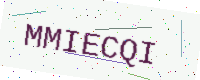
Text: MMIECQI